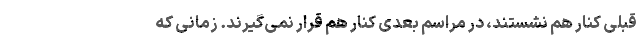
قبلی کنار هم نشستند، در مراسم بعدی کنار هم قرار نمی‌گیرند. زمانی که